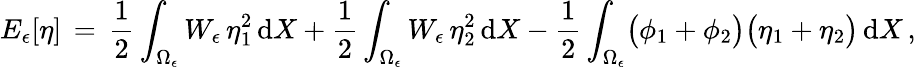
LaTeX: E_{\epsilon}[\eta]\, =\, \frac 12\int_{\Omega_{\epsilon}}W_{\epsilon}\, \eta_{1}^{2}\, \mathrm{d}X+\frac 12\int_{\Omega_{\epsilon}}W_{\epsilon}\, \eta_{2}^{2}\, \mathrm{d}X-\frac 12\int_{\Omega_{\epsilon}}\bigl(\phi_{1}+\phi_{2}\bigr)\bigl(\eta_{1}+\eta_{2}\bigr)\, \mathrm{d}X\, ,